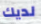
لديك